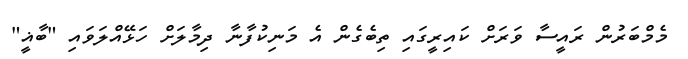
މެމްބަރުން ރައީސާ ވަރަށް ކައިރީގައި ތިބެގެން އެ މަނިކުފާނާ ދިމާލަށް ހަޅޭއްލަވައި "ބާޣީ"